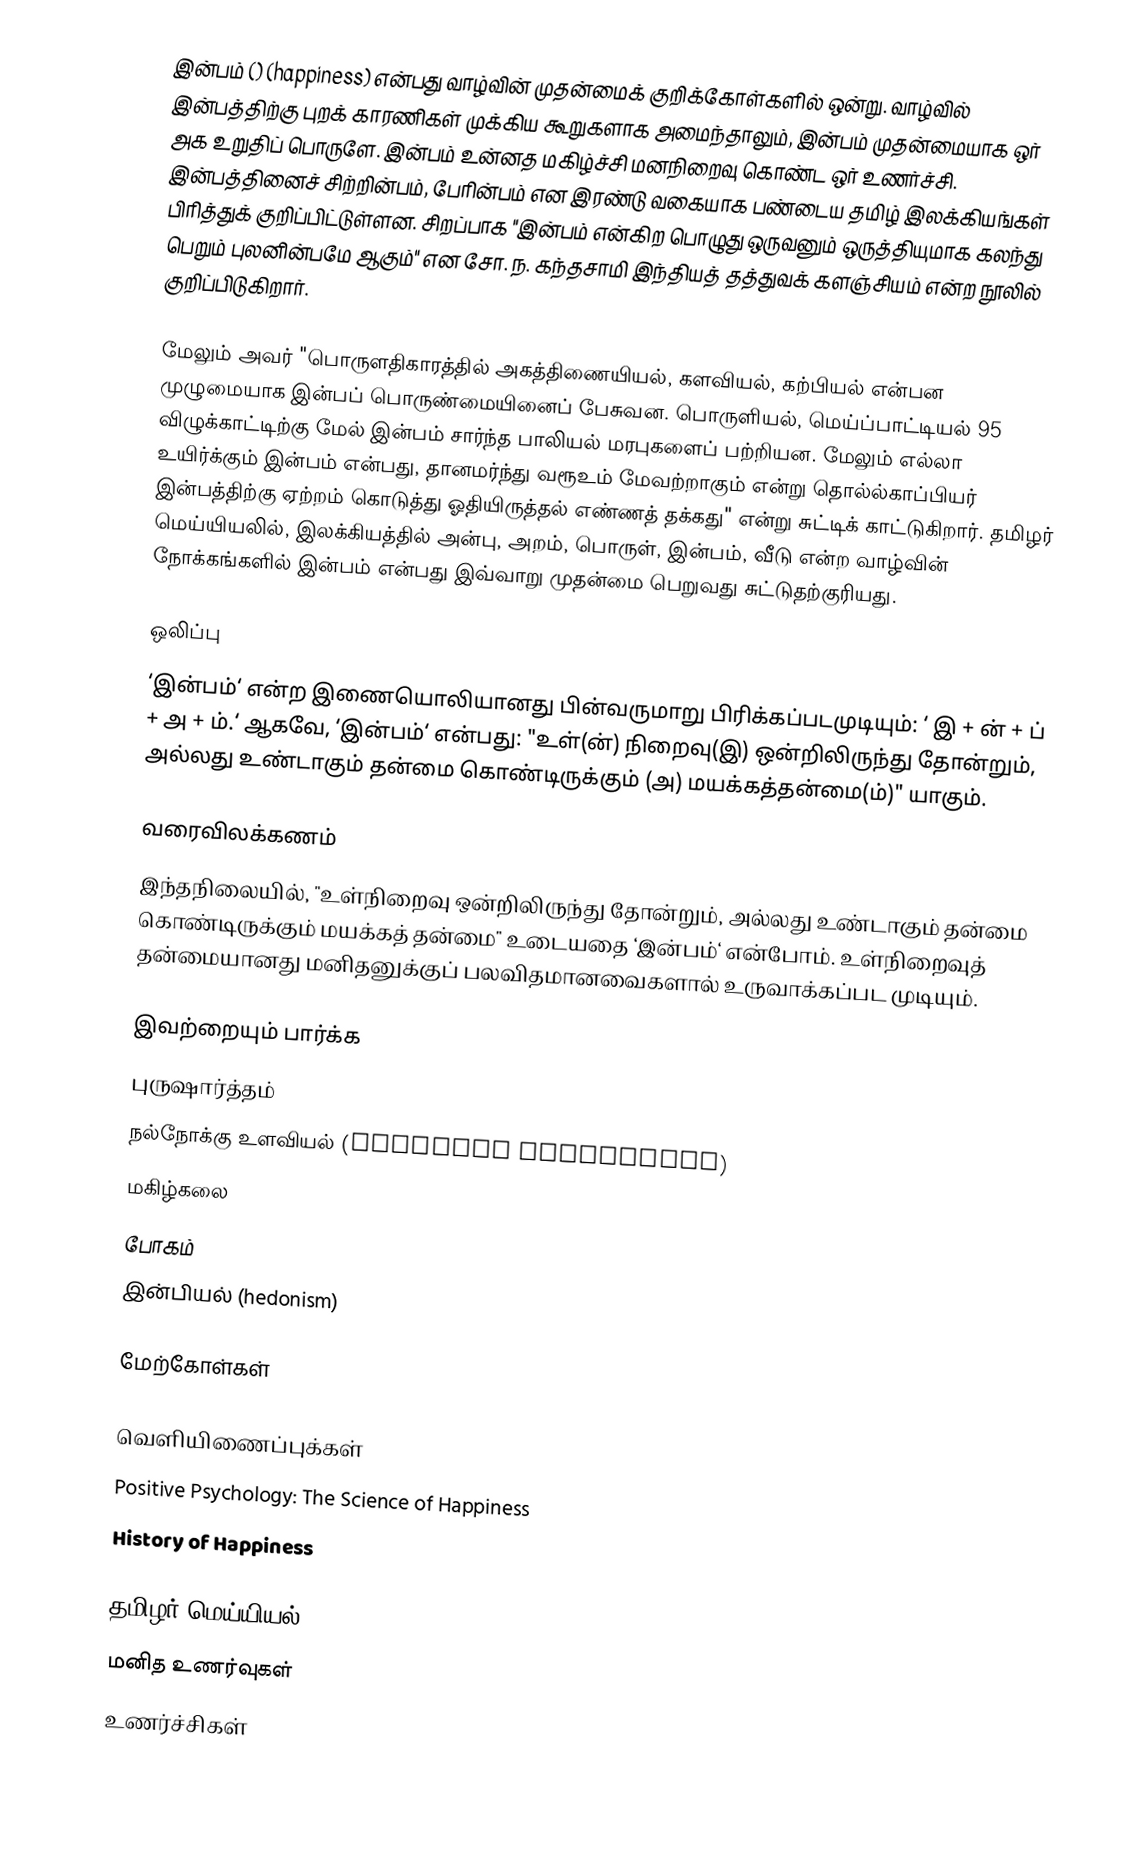
இன்பம் () (happiness) என்பது வாழ்வின் முதன்மைக் குறிக்கோள்களில் ஒன்று. வாழ்வில் இன்பத்திற்கு புறக் காரணிகள் முக்கிய கூறுகளாக அமைந்தாலும், இன்பம் முதன்மையாக ஒர் அக உறுதிப் பொருளே. இன்பம் உன்னத மகிழ்ச்சி மனநிறைவு கொண்ட ஒர் உணர்ச்சி. இன்பத்தினைச் சிற்றின்பம், பேரின்பம் என இரண்டு வகையாக பண்டைய தமிழ் இலக்கியங்கள் பிரித்துக் குறிப்பிட்டுள்ளன. சிறப்பாக "இன்பம் என்கிற பொழுது ஒருவனும் ஒருத்தியுமாக கலந்து பெறும் புலனின்பமே ஆகும்" என சோ. ந. கந்தசாமி இந்தியத் தத்துவக் களஞ்சியம் என்ற நூலில் குறிப்பிடுகிறார்.

மேலும் அவர் "பொருளதிகாரத்தில் அகத்திணையியல், களவியல், கற்பியல் என்பன முழுமையாக இன்பப் பொருண்மையினைப் பேசுவன. பொருளியல், மெய்ப்பாட்டியல் 95 விழுக்காட்டிற்கு மேல் இன்பம் சார்ந்த பாலியல் மரபுகளைப் பற்றியன. மேலும் எல்லா உயிர்க்கும் இன்பம் என்பது, தானமர்ந்து வரூஉம் மேவற்றாகும் என்று தொல்ல்காப்பியர் இன்பத்திற்கு ஏற்றம் கொடுத்து ஓதியிருத்தல் எண்ணத் தக்கது" என்று சுட்டிக் காட்டுகிறார். தமிழர் மெய்யியலில், இலக்கியத்தில் அன்பு, அறம், பொருள், இன்பம், வீடு என்ற வாழ்வின் நோக்கங்களில் இன்பம் என்பது இவ்வாறு முதன்மை பெறுவது சுட்டுதற்குரியது.

ஒலிப்பு
‘இன்பம்‘ என்ற இணையொலியானது பின்வருமாறு பிரிக்கப்படமுடியும்: ‘ இ +  ன்  +  ப்  +  அ  +  ம்.‘ ஆகவே, ‘இன்பம்‘ என்பது: "உள்(ன்) நிறைவு(இ) ஒன்றிலிருந்து தோன்றும், அல்லது உண்டாகும் தன்மை கொண்டிருக்கும் (அ) மயக்கத்தன்மை(ம்)" யாகும்.

வரைவிலக்கணம்
இந்தநிலையில், "உள்நிறைவு ஒன்றிலிருந்து தோன்றும், அல்லது உண்டாகும் தன்மை கொண்டிருக்கும் மயக்கத் தன்மை" உடையதை ‘இன்பம்‘ என்போம். உள்நிறைவுத் தன்மையானது மனிதனுக்குப் பலவிதமானவைகளால் உருவாக்கப்பட முடியும்.

இவற்றையும் பார்க்க
 புருஷார்த்தம்
 நல்நோக்கு உளவியல் (positive psychology)
 மகிழ்கலை
 போகம்
 இன்பியல் (hedonism)

மேற்கோள்கள்

வெளியிணைப்புக்கள்
 Positive Psychology: The Science of Happiness
 History of Happiness

தமிழர் மெய்யியல்
மனித உணர்வுகள்
உணர்ச்சிகள்